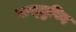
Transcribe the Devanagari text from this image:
वास्‍तुविद